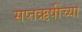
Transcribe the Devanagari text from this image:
सप्तऋषींच्या